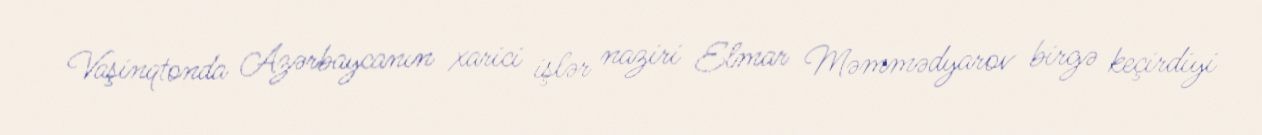
Vaşinqtonda Azərbaycanın xarici işlər naziri Elmar Məmmədyarov birgə keçirdiyi